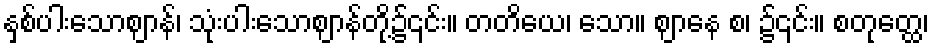
နှစ်ပါးသောဈာန်၊ သုံးပါးသောဈာန်တို့၌၎င်း။ တတိယေ၊ သော။ ဈာနေ စ၊ ၌၎င်း။ စတုတ္ထေ၊